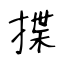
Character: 揲